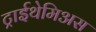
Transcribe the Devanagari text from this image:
ट्राईथेमिअस